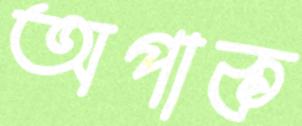
অপাক